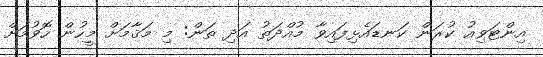
އިންޓަވިއު ކުރަން ކަނޑައެޅިފައިވާ މުއްދަތު އަދި ތަން: މި މަޤާމަށް މީހުން ހޮވުމަށް